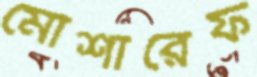
মোশারেফ